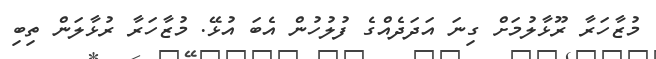
މުޒާހަރާ ރޫޅާލުމަށް ގިނަ އަދަދެއްގެ ފުލުހުން އެބަ އުޅޭ. މުޒާހަރާ ރުޅާލަން ތިބި